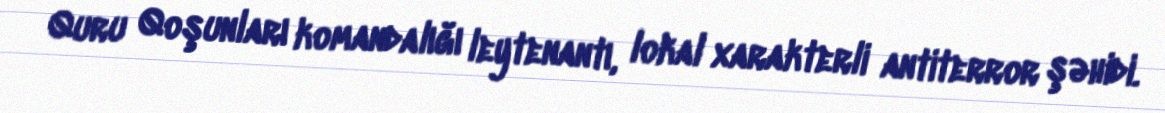
Quru Qoşunları komandalığı leytenantı, lokal xarakterli antiterror şəhidi.